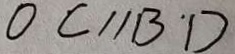
0 C / / B ^ { \prime } D